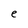
Character: e